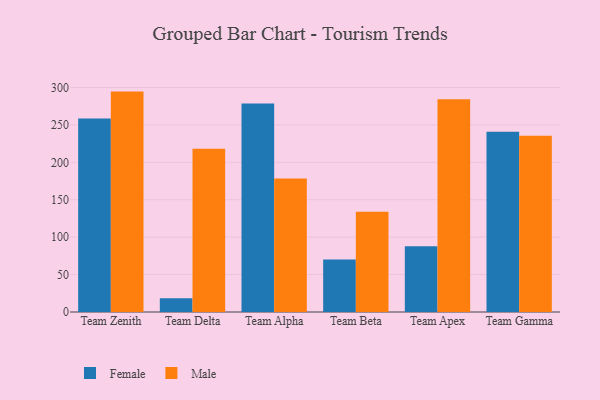
{"axis": {"x": "Team", "y": "Backlog"}, "legend": ["Female", "Male"], "data": [{"x": "Team Zenith", "y": 258.6, "type": "Female"}, {"x": "Team Zenith", "y": 294.5, "type": "Male"}, {"x": "Team Delta", "y": 18.4, "type": "Female"}, {"x": "Team Delta", "y": 218.2, "type": "Male"}, {"x": "Team Alpha", "y": 278.7, "type": "Female"}, {"x": "Team Alpha", "y": 178.5, "type": "Male"}, {"x": "Team Beta", "y": 70.1, "type": "Female"}, {"x": "Team Beta", "y": 134.1, "type": "Male"}, {"x": "Team Apex", "y": 87.9, "type": "Female"}, {"x": "Team Apex", "y": 284.2, "type": "Male"}, {"x": "Team Gamma", "y": 240.7, "type": "Female"}, {"x": "Team Gamma", "y": 235.5, "type": "Male"}]}